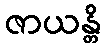
ဇာယန္တိ